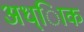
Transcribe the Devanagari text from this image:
अध्ािक